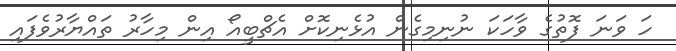
ހަ ވަނަ ފޮތުގެ ވާހަކަ ނުނިމިގެން އުޅެނިކޮށް އެޗްބީއޯ އިން މިހާރު ތައްޔާރުވެފައި